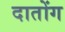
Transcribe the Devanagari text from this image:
दातोंग